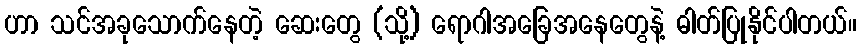
ဟာ သင်အခုသောက်နေတဲ့ ဆေးတွေ (သို့) ရောဂါအခြေအနေတွေနဲ့ ဓါတ်ပြုနိုင်ပါတယ်။